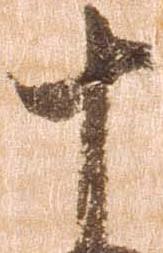
十